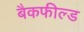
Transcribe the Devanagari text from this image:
बैकफील्ड